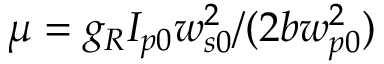
\mu = g _ { R } I _ { p 0 } w _ { s 0 } ^ { 2 } / ( 2 b w _ { p 0 } ^ { 2 } )